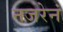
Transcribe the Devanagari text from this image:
नजरेनं